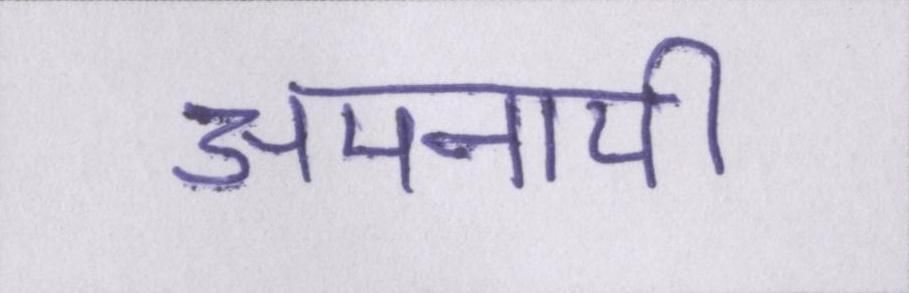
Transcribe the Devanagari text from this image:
अपनायी